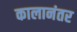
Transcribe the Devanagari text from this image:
कालानंतर